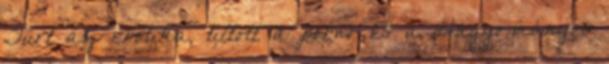
Tűrt az erotika, tiltott a pornó és a Hagyományos